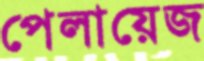
পেলায়েজ